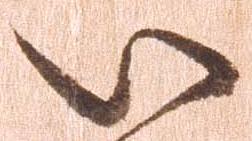
い